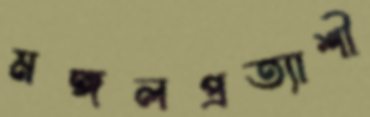
মঙ্গলপ্রত্যাশী